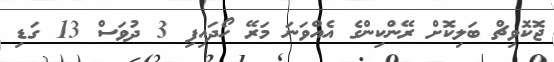
ޖޮކޮވިޗް ބަލިކޮށް ރޭންކިންގެ އެއްވަނަ މަރޭ ހޯދައިފި 3 ދުވަސް 13 ގަޑި